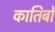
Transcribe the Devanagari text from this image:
कातिबों